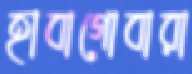
হাবাগোবারা